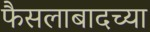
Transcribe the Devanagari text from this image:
फैसलाबादच्या